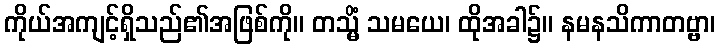
ကိုယ်အကျင့်ရှိသည်၏အဖြစ်ကို။ တသ္မိံ သမယေ၊ ထိုအခါ၌။ နမနသိကာတဗ္ဗာ၊